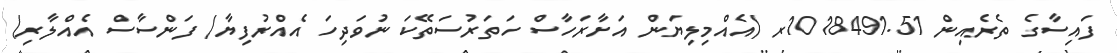
ފައިސާގެ ތެރެއިން 1018491.51ރ (އެއްމިލިޔަން އަށާރަހާސް ހަތަރުސަތޭކަ ނުވަދިހަ އެއްރުފިޔާ/ ފަންސާސް އެއްލާރި)